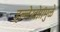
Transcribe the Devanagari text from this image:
हल्लेखोरांमुळे